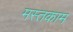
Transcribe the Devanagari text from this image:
मस्तकाम